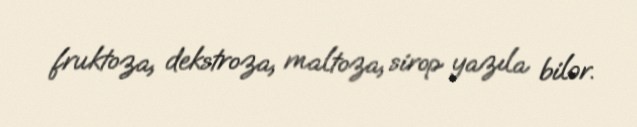
fruktoza, dekstroza, maltoza, sirop yazıla bilər.